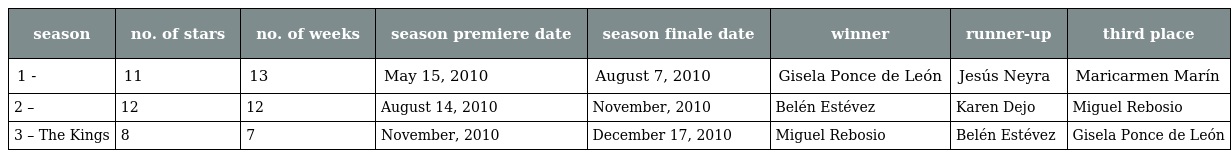
| season | no. of stars | no. of weeks | season premiere date | season finale date | winner | runner-up | third place |
 | --- | --- | --- | --- | --- | --- | --- | --- |
 | 1 - | 11 | 13 | May 15, 2010 | August 7, 2010 | Gisela Ponce de León | Jesús Neyra | Maricarmen Marín |
 | 2 – | 12 | 12 | August 14, 2010 | November, 2010 | Belén Estévez | Karen Dejo | Miguel Rebosio |
 | 3 – The Kings | 8 | 7 | November, 2010 | December 17, 2010 | Miguel Rebosio | Belén Estévez | Gisela Ponce de León |